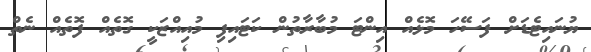
ޔުނައިޓެޑަށް ފަސޭހަ މޮޅެއް އިންޓަ މުބާރާތުން ކަޓައިފި މުއިއްޒަކީ ގޮތެއް ފޮތެއް ނެތް